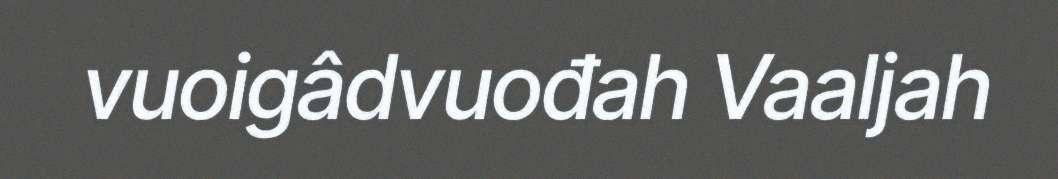
vuoigâdvuođah Vaaljah